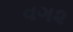
વગ૨